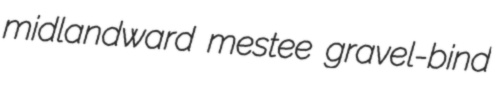
midlandward mestee gravel-bind